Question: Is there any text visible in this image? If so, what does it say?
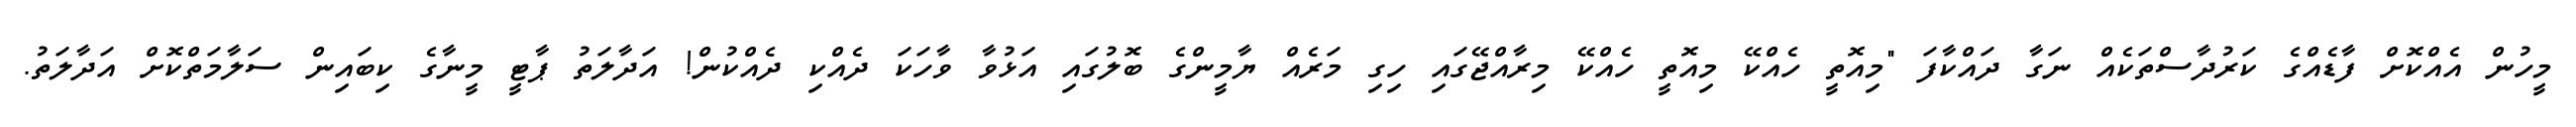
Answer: މީހުން އެއްކޮށް ފާޑެއްގެ ކަރުދާސްތަކެއް ނަގާ ދައްކާފަ "މިއޮތީ ހެއްކޭ މިއޮތީ ހެއްކޭ މިރާއްޖޭގައި ހިގި މަރެއް ޔާމީންގެ ބޮލުގައި އަޅުވާ ވާހަކަ ދެއްކި ދެއްކުން! އަދާލަތު ޕާޓީ މީނާގެ ކިބައިން ސަލާމަތްކޮށް އަދާލަތު.